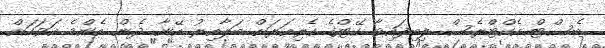
ބެސްޓް އެކްޓްރެސް ލިބިފައިވާ ކޭޓްގެ ކެރިއަރަށް ބަލާއިރު އޭނާ ދެން އެންމެ އަވަހަށް